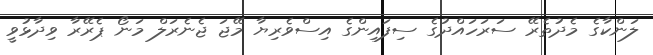
ލަންކާގެ މެދުތެރޭ ސަރަހައްދުގެ ސިފައިންގެ އިސްވެރިޔާ މޭޖަ ޖެނެރަލް މަނޯ ޕެރޭރާ ވިދާޅުވީ